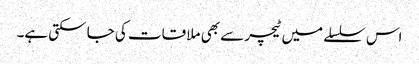
اس سلسلے میں ٹیچر سے بھی ملا قات کی جا سکتی ہے۔